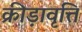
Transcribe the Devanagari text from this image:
क्रीड़ावृत्ति